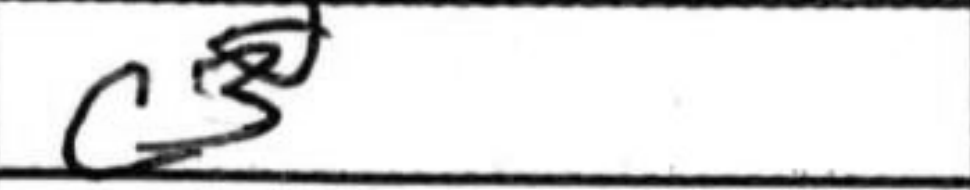
Transcription: c3